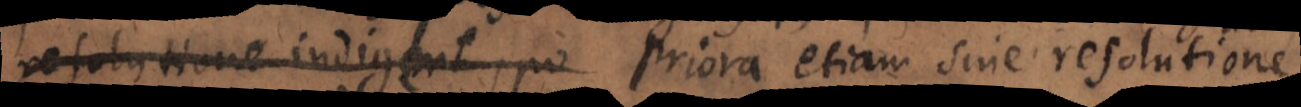
resolutione indigent, po. Priora etiam sine resolutione